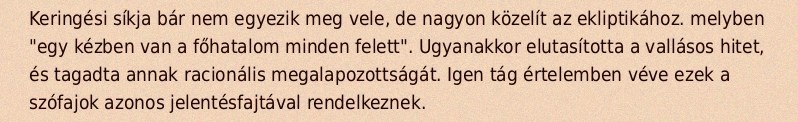
Keringési síkja bár nem egyezik meg vele, de nagyon közelít az ekliptikához. melyben "egy kézben van a főhatalom minden felett". Ugyanakkor elutasította a vallásos hitet, és tagadta annak racionális megalapozottságát. Igen tág értelemben véve ezek a szófajok azonos jelentésfajtával rendelkeznek.